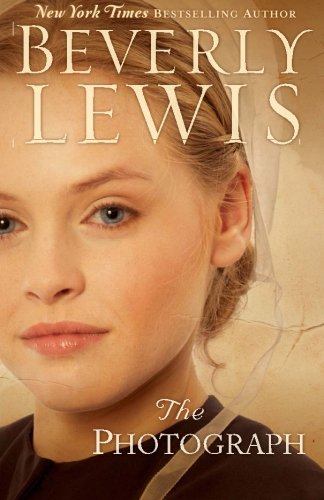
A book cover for The Photograph; Beverly Lewis; Literature & Fiction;